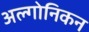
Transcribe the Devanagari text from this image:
अल्गोनिकन